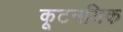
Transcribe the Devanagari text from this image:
कूटनयिक